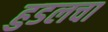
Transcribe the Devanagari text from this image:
हुडलचा